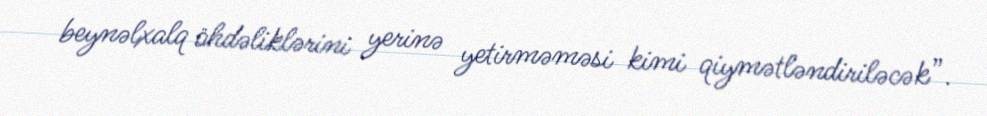
beynəlxalq öhdəliklərini yerinə yetirməməsi kimi qiymətləndiriləcək”.